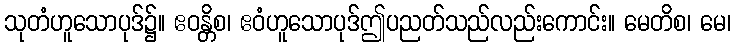
သုတံဟူသောပုဒ်၌။ ဧဝန္တိစ၊ ဧဝံဟူသောပုဒ်ဤပညတ်သည်လည်းကောင်း။ မေတိစ၊ မေ၊